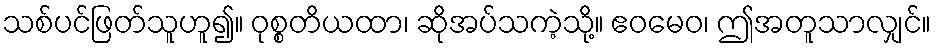
သစ်ပင်ဖြတ်သူဟူ၍။ ဝုစ္စတိယထာ၊ ဆိုအပ်သကဲ့သို့။ ဧဝမေဝ၊ ဤအတူသာလျှင်။